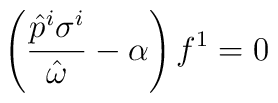
\left(\frac{\hat{p}^i \sigma^i}{\hat{\omega}}-\alpha\right)f^1=0